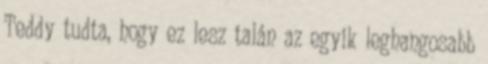
Teddy tudta, hogy ez lesz talán az egyik leghangosabb